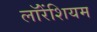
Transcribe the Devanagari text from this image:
लॉरेंशियम